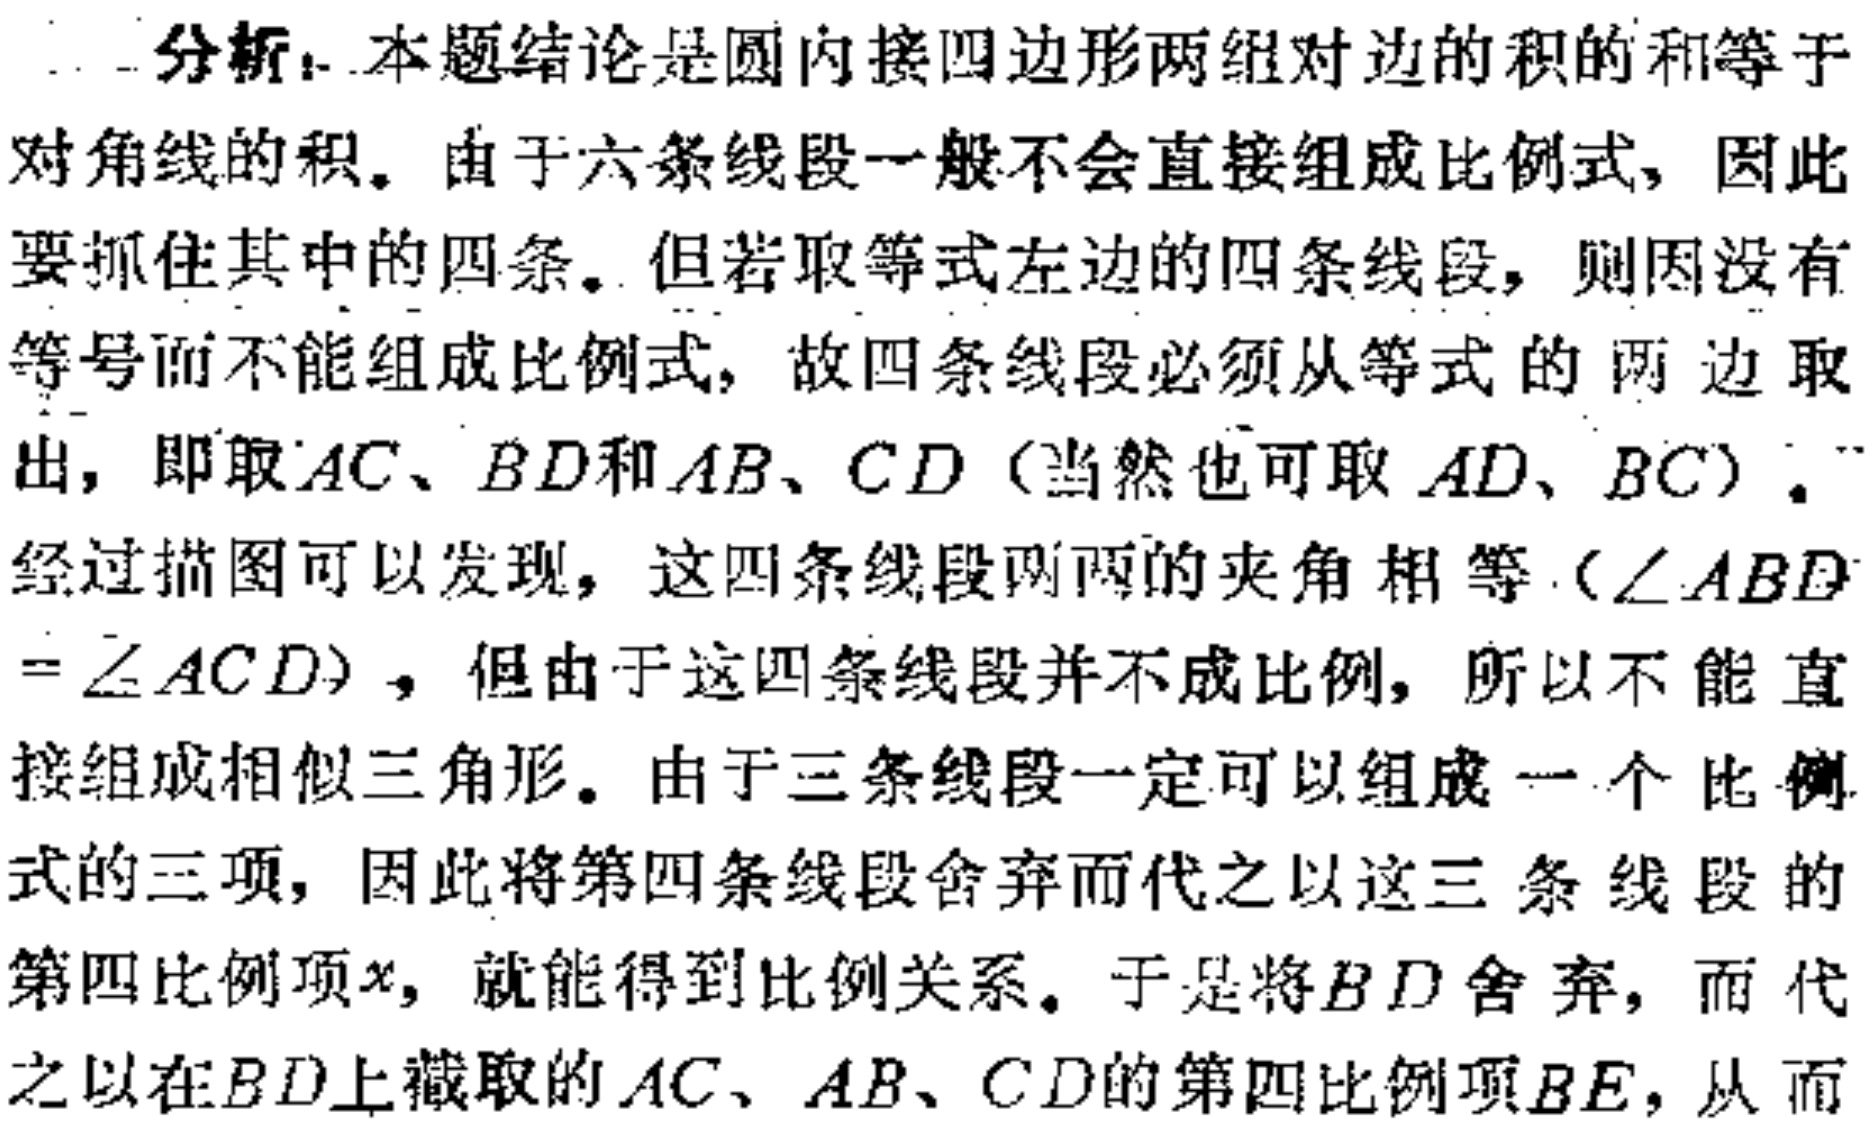
分析：本题结论是圆内接四边形两组对边的积的和等于
对角线的积。由于六条线段一般不会直接组成比例式，因此
要抓住其中的四条。但若取等式左边的四条线段，则因没有
等号而不能组成比例式，故四条线段必须从等式的两边取
出，即取\(AC\)、\(BD\)和\(AB\)、\(CD\)（当然也可取\(AD\)、\(BC\)）。
经过描图可以发现，这四条线段两两的夹角相等（\(\angle ABD\)
\(=\angle ACD\)），但由于这四条线段并不成比例，所以不能直
接组成相似三角形。由于三条线段一定可以组成一个比例
式的三项，因此将第四条线段舍弃而代之以这三条线段的
第四比例项\(x\)，就能得到比例关系。于是将\(BD\)舍弃，而代
之以在\(BD\)上截取的\(AC\)、\(AB\)、\(CD\)的第四比例项\(BE\)，从而